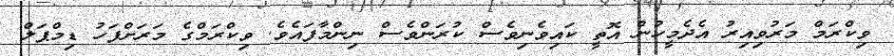
ވިކްރަމް މަރުވިއިރު އެދެމީހުން އޮތީ ކައިވެނިވެސް ކުރަންވެސް ނިންމާފައެވެ. ވިކްރަމްގެ މަރަށްފަހު ޑިމްޕަލް